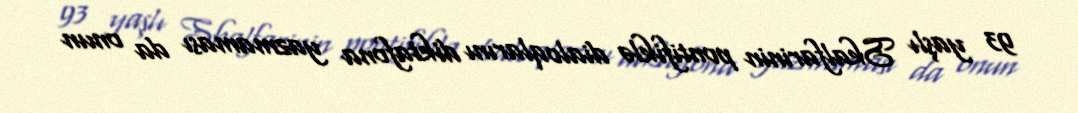
93 yaşlı Skalfarinin pontifiklə dialoqlarını diktafona yazmaması da onun